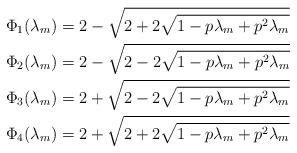
LaTeX: \begin{align*}\Phi_1(\lambda_{m}) &= 2-\sqrt{2+2\sqrt{1-p\lambda_{m} +p^2\lambda_{m}}} \\\Phi_2(\lambda_{m}) &= 2-\sqrt{2-2\sqrt{1-p\lambda_{m} +p^2\lambda_{m}}} \\\Phi_3(\lambda_{m}) &= 2+\sqrt{2-2\sqrt{1-p\lambda_{m} +p^2\lambda_{m}}} \\\Phi_4(\lambda_{m}) &= 2+\sqrt{2+2\sqrt{1-p\lambda_{m} +p^2\lambda_{m}}} \end{align*}